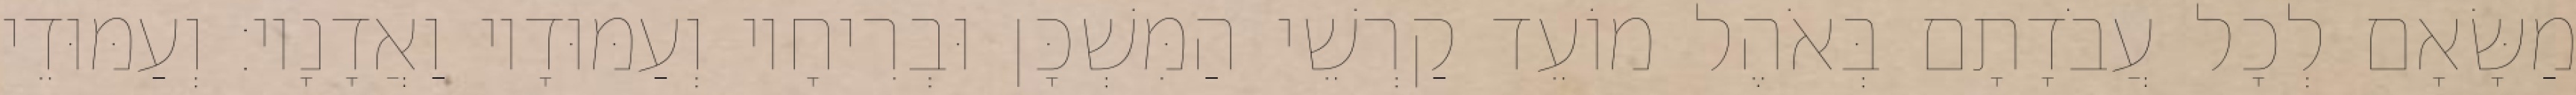
מַשָּׂאָם לְכָל עֲבֹדָתָם בְּאֹהֶל מוֹעֵד קַרְשֵׁי הַמִּשְׁכָּן וּבְרִיחָיו וְעַמּוּדָיו וַאֲדָנָיו׃ וְעַמּוּדֵי